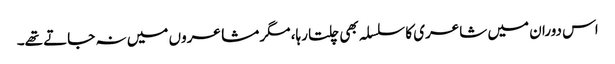
اس دوران میں شاعری کا سلسلہ بھی چلتا رہا، مگر مشاعروں میں نہ جاتے تھے۔